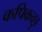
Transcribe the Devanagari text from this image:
कपिकच्छु